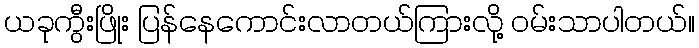
ယခုကွီးဖြိုး ပြန်နေကောင်းလာတယ်ကြားလို့ ဝမ်းသာပါတယ်။